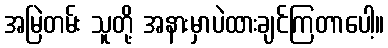
အမြဲတမ်း သူတို့ အနားမှာပဲထားချင်ကြတာပေါ့။